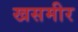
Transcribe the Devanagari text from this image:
खसमीर